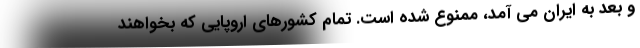
و بعد به ایران می آمد، ممنوع شده است. تمام کشورهای اروپایی که بخواهند